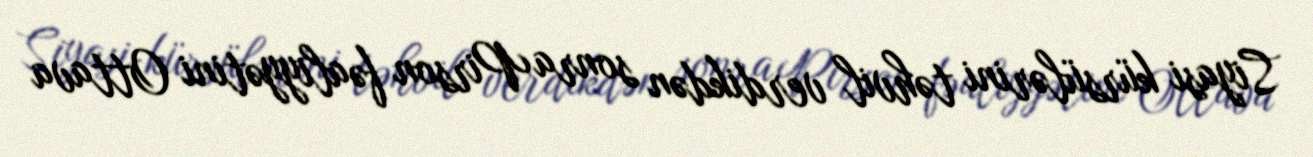
Siyasi kürsülərini təhvil verdikdən sonra Pirson fəaliyyətini Ottava